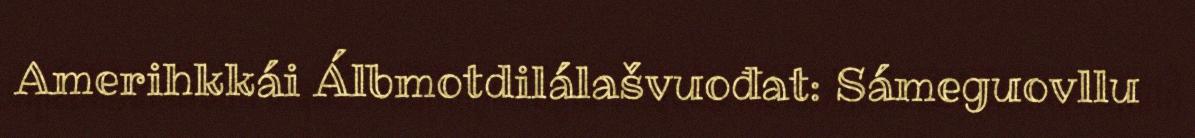
Amerihkkái Álbmotdilálašvuođat: Sámeguovllu